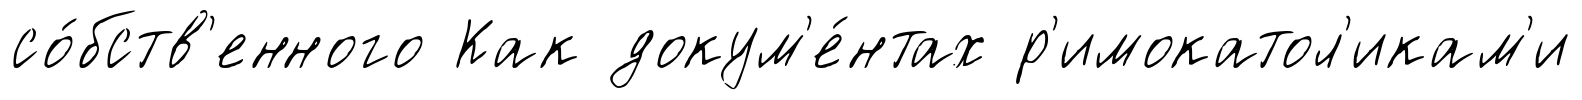
со́бств'енного Как докум'е́нтах р'имокатол'икам'и